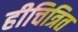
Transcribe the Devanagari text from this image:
हीचित्रित